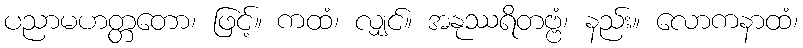
ပညာမဟတ္တတော၊ ဖြင့်။ ကထံ၊ လျှင်။ အနုဿရိတဗ္ဗံ၊ နည်း။ လောကနာထံ၊